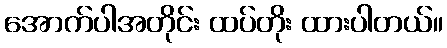
အောက်ပါအတိုင်း ထပ်တိုး ထားပါတယ်။